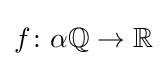
f\colon \alpha \mathbb {Q} \to \mathbb {R}